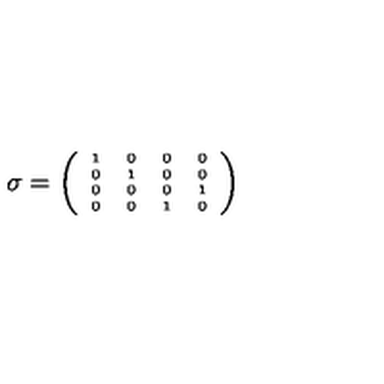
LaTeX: \sigma = { \tiny \left( \begin{array} { c c c c } { 1 } & { 0 } & { 0 } & { 0 } \\ { 0 } & { 1 } & { 0 } & { 0 } \\ { 0 } & { 0 } & { 0 } & { 1 } \\ { 0 } & { 0 } & { 1 } & { 0 } \\ \end{array} \right) }